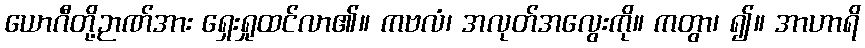
ယောဂီတို့ဉာဏ်အား ရှေးရှုထင်လာ၏။ ကဗလံ၊ အလုတ်အလွေးကို။ ကတွာ၊ ၍။ အာဟာရိ